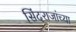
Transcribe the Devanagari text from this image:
सिंदराजांच्या